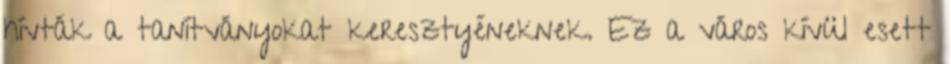
hívták a tanítványokat keresztyéneknek. Ez a város kívül esett